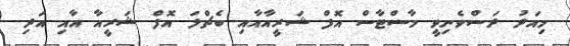
މިއަދު ދަސްވެނިވީ މާސްޓާސް އޮފް ޝަރީއާއާއި ބެޗްލަ އޮފް ޝަރީއާ އާއި އަދި